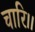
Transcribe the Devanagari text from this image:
चारि।।